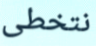
نتخطى